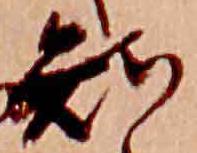
知